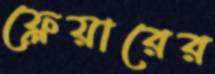
ফ্লেয়ারের